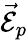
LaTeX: \vec{\mathcal{E}}_{p}